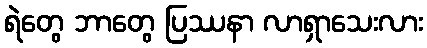
ရဲတွေ ဘာတွေ ပြဿနာ လာရှာသေးလား